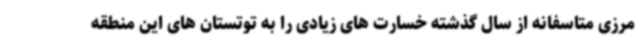
مرزی متاسفانه از سال گذشته خسارت های زیادی را به توتستان های این منطقه